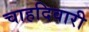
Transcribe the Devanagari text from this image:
चाहदिवारी